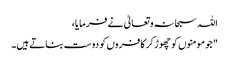
اللہ سبحانہ و تعالیٰ نے فرمایا،
" جو مومنوں کو چھوڑ کر کافروں کو دوست بناتے ہیں۔